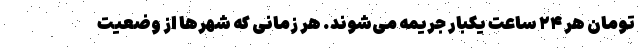
تومان هر ۲۴ ساعت یکبار جریمه می‌شوند. هر زمانی که شهرها از وضعیت